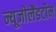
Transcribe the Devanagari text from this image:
न्यूजीलैंडटीम